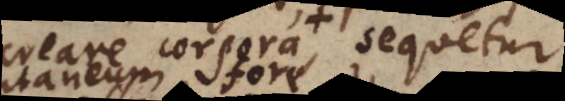
creare corpora, sequetur